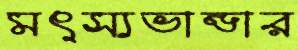
মৎস্যভান্ডার